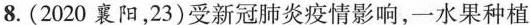
8.(2020襄阳，23)受新冠肺炎疫情影响，一水果种植